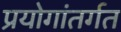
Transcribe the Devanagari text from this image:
प्रयोगांतर्गत